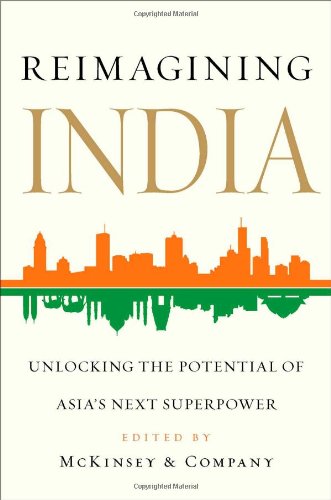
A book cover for Reimagining India: Unlocking the Potential of Asia's Next Superpower; Business & Money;